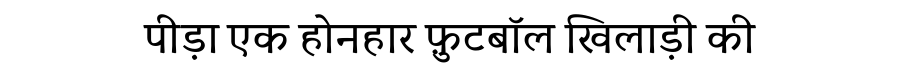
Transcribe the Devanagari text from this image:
पीड़ा एक होनहार फ़ुटबॉल खिलाड़ी की